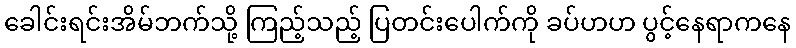
ခေါင်းရင်းအိမ်ဘက်သို့ ကြည့်သည့် ပြတင်းပေါက်ကို ခပ်ဟဟ ပွင့်နေရာကနေ